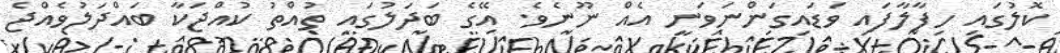
ކޮލުގައި ހިފާލާފައި ވަޑައިގަންނަވަނީ އެއް ނޫނެވެ. އޭގެ ބަދަލުގައި ތުއްތު ކުއްޖަކާ ބައްދަލުވެއްޖެ